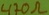
Text: 470Ω